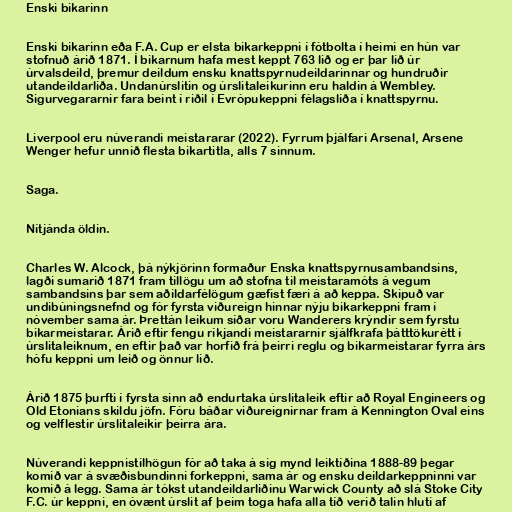
Enski bikarinn

Enski bikarinn eða F.A. Cup er elsta bikarkeppni í fótbolta í heimi en hún var
stofnuð árið 1871. Í bikarnum hafa mest keppt 763 lið og er þar lið úr
úrvalsdeild, þremur deildum ensku knattspyrnudeildarinnar og hundruðir
utandeildarliða. Undanúrslitin og úrslitaleikurinn eru haldin á Wembley.
Sigurvegararnir fara beint í riðil í Evrópukeppni félagsliða í knattspyrnu.

Liverpool eru núverandi meistararar (2022). Fyrrum þjálfari Arsenal, Arsene
Wenger hefur unnið flesta bikartitla, alls 7 sinnum.

Saga.

Nítjánda öldin.

Charles W. Alcock, þá nýkjörinn formaður Enska knattspyrnusambandsins,
lagði sumarið 1871 fram tillögu um að stofna til meistaramóts á vegum
sambandsins þar sem aðildarfélögum gæfist færi á að keppa. Skipuð var
undibúningsnefnd og fór fyrsta viðureign hinnar nýju bikarkeppni fram í
nóvember sama ár. Þrettán leikum síðar voru Wanderers krýndir sem fyrstu
bikarmeistarar. Árið eftir fengu ríkjandi meistararnir sjálfkrafa þátttökurétt í
úrslitaleiknum, en eftir það var horfið frá þeirri reglu og bikarmeistarar fyrra árs
hófu keppni um leið og önnur lið.

Árið 1875 þurfti í fyrsta sinn að endurtaka úrslitaleik eftir að Royal Engineers og
Old Etonians skildu jöfn. Fóru báðar viðureignirnar fram á Kennington Oval eins
og velflestir úrslitaleikir þeirra ára.

Núverandi keppnistilhögun fór að taka á sig mynd leiktíðina 1888-89 þegar
komið var á svæðisbundinni forkeppni, sama ár og ensku deildarkeppninni var
komið á legg. Sama ár tókst utandeildarliðinu Warwick County að slá Stoke City
F.C. úr keppni, en óvænt úrslit af þeim toga hafa alla tíð verið talin hluti af